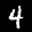
Label: 4